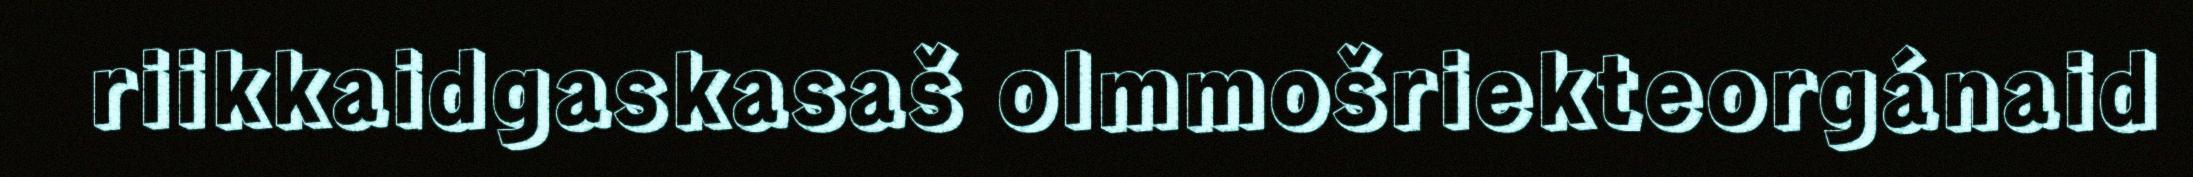
riikkaidgaskasaš olmmošriekteorgánaid